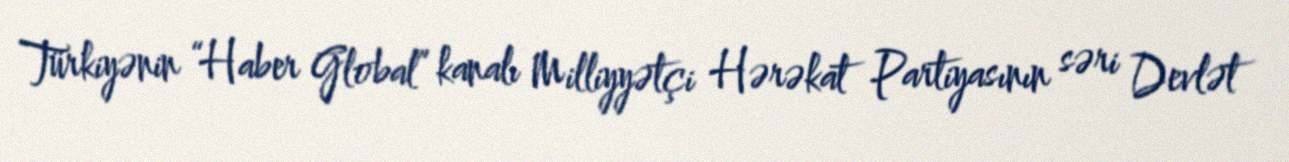
Türkiyənin “Haber Global” kanalı Milliyyətçi Hərəkat Partiyasının səri Devlət